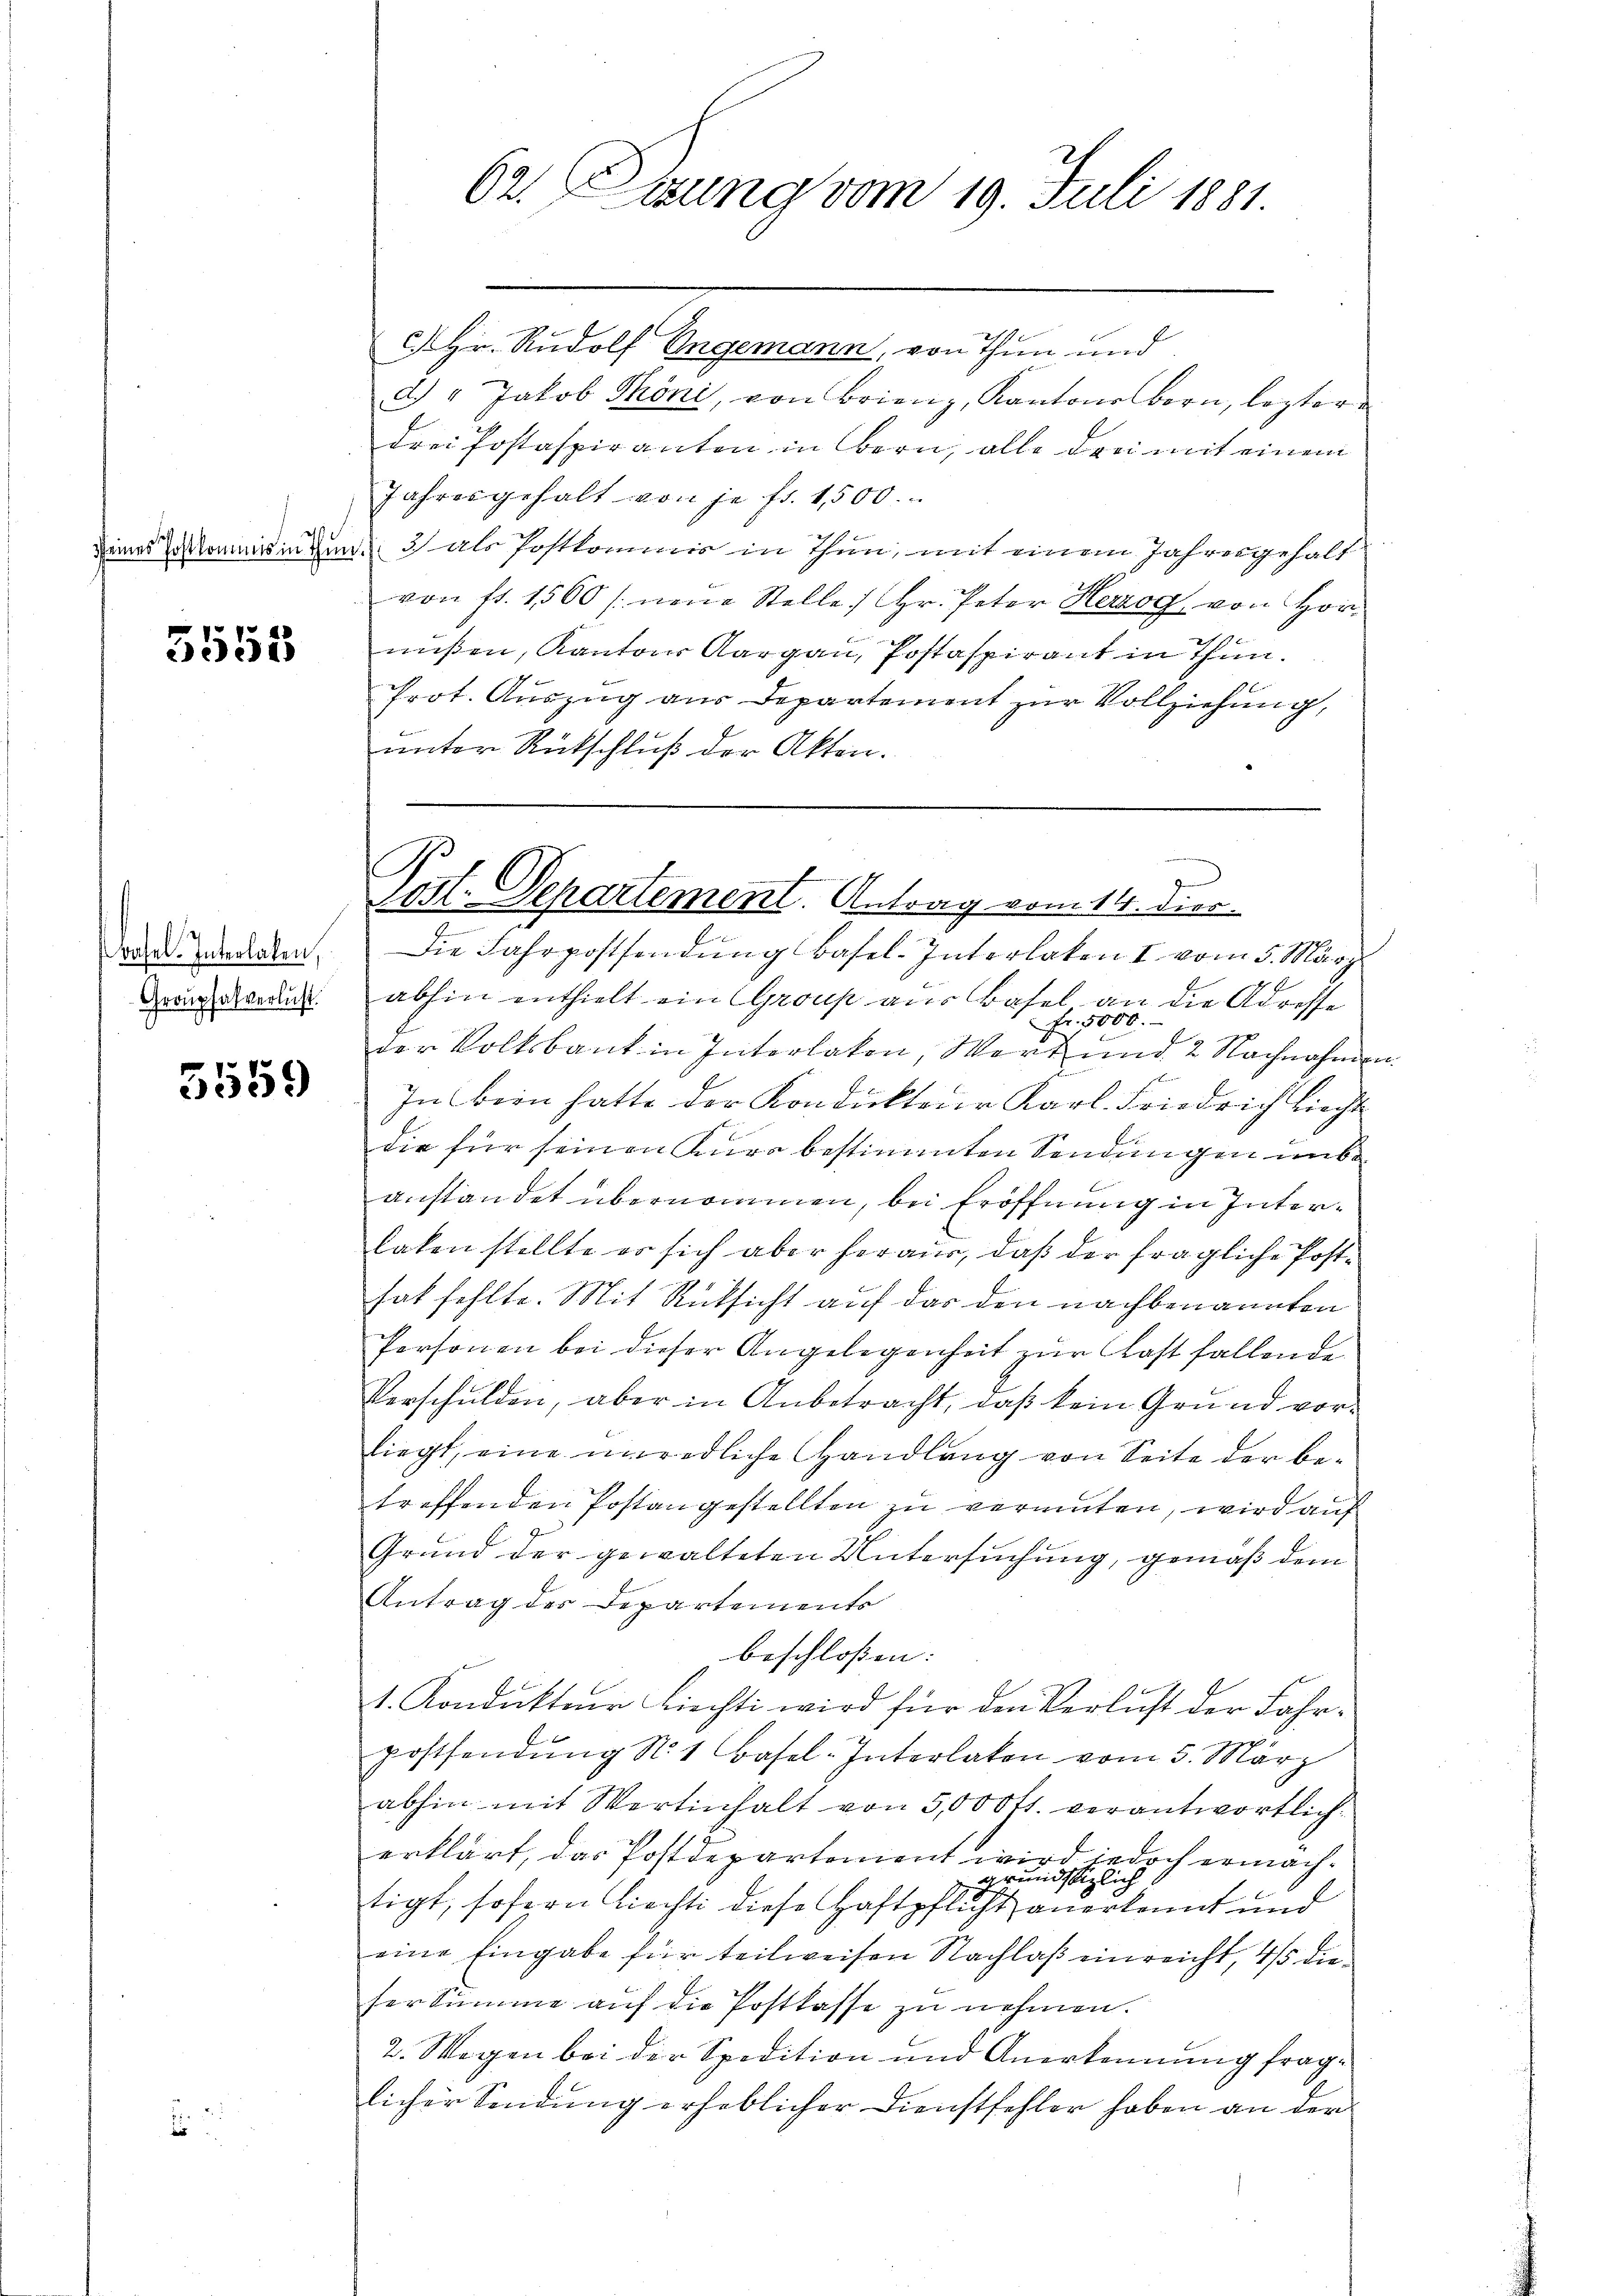
3555

Basel. Interlaben,
Grouphatverlust.

5559

7
62. Ogung vom 19. Juli 1881.

c. Hr. Rudolf Ungemann, von Thun und
d.) " Jakob Thöni, von Brienz, Kantonsbern, leztere
drei Postaspiranten in Bern, alle den mit einem
Jahresgehalt von je fr. 1,500
Deines kommissin den 3 als Postkommis in Thun, mit einem Jahresgehalt
1
von fl. 1560 / neue Stelle) Hr. Peter Herzog von Hornißen, Kantons Aargau, Postaspirant in Thun.
Prot. Auszug aus Departement zur Vollziehung,
unter Rückschluß der Akten.
e
Die Fahrpostsendung Basel. Interlaken I vom 5. März
abhin enthielt ein Group aus Basel an die Adresse
Fr. 5000.-
der Volksbank in Interlaken, Wert und 2 Nachnahmen
In bein hatte der Kondukteur Karl. Friedrich liecht
die für seinen Kura bestimmten Sendungen unbeanstandet übernommen, bei Eröffnung in Interlaken stellte er sich aber heraus, daß der fragliche Posthat fehlte. Mit Rücksicht auf das den nachbenannten
Personen bei dieser Angelegenheit zur Last fallende
Verschulden, aber in Anbetracht, daß kein Grund vorliegt, eine unredliche Handlang von Seite der be-
treffenden Postangestellten zu vermuten, wird auf
Grund der gewalteten Untersuchung, gemäß dem
Antrag des Departements
beschloßen:
1. Kondukteur Liechti wird für den Verlust der Fahrpostsendŭng N. 1 Basel-Interlaken vom 5. März
abhin mit Wertinhalt von 5,000 fl. verantwortlich
erklärt, das Postdepartement wird jedoch ermäch-
grundstizlich
tigt, sofern liecht diese Haftpflicht anerkennt und
eine Eingabe für teilweisen Nachlaß einreicht, 4/5 die
ser Summe aŭf die Postkasse zu nehmen.
2. Wagen bei der Spedition und Anerkennung fraglicher Sendung erheblicher Dienstfehler haben an der

Post. Departement. Antrag vom 14. Dies